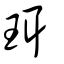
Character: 珥